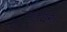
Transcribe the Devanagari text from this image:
हाइफी